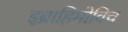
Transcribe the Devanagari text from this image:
इब्राहिमोविच